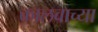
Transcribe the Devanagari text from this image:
कालवाच्या